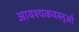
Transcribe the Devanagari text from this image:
आवश्यकवस्तुओं